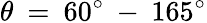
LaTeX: \theta\: =\: 60^{\circ}\: -\: 165^{\circ}